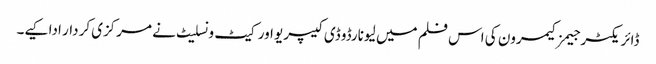
ڈائریکٹر جیمز کیمرون کی اس فلم میں لیونارڈو ڈی کیپریو اور کیٹ ونسلیٹ نے مرکزی کردار ادا کیے۔